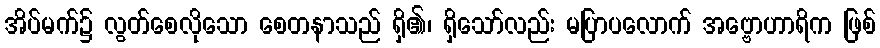
အိပ်မက်၌ လွတ်စေလိုသော စေတနာသည် ရှိ၏၊ ရှိသော်လည်း မပြာပလောက် အဗ္ဗောဟာရိက ဖြစ်